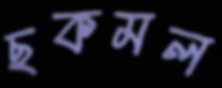
ছকমল